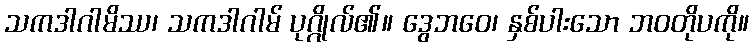
သကဒါဂါမိဿ၊ သကဒါဂါမ် ပုဂ္ဂိုလ်၏။ ဒွေဘဝေ၊ နှစ်ပါးသော ဘဝတိုပကို။